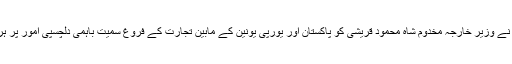
لبرل ڈیموکریٹک رہنمائوں نے وزیر خارجہ مخدوم شاہ محمود قریشی کو پاکستان اور یورپی یونین کے مابین تجارت کے فروغ سمیت باہمی دلچسپی امور پر ہر ممکن تعاون کا یقین دلایا۔